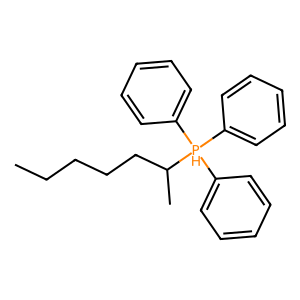
SMILES: CCCCCC(C)[PH](c1ccccc1)(c1ccccc1)c1ccccc1
Inhibits HIV replication: No